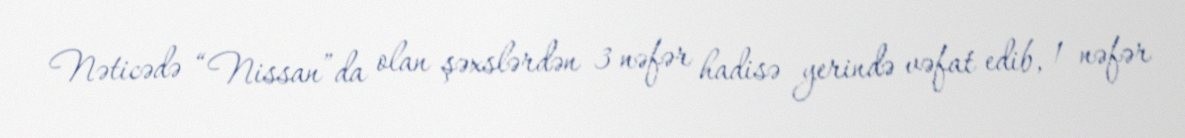
Nəticədə “Nissan”da olan şəxslərdən 3 nəfər hadisə yerində vəfat edib, 1 nəfər